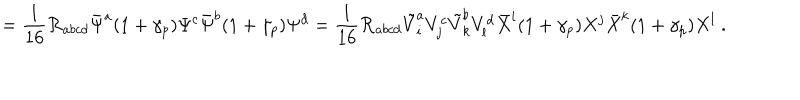
LaTeX: = \frac 1 { 1 6 } { \cal R } _ { a b c d } \bar { \Psi } ^ { a } ( 1 + \gamma _ { p } ) \Psi ^ { c } \bar { \Psi } ^ { b } ( 1 + \gamma _ { p } ) \Psi ^ { d } = \frac 1 { 1 6 } { \cal R } _ { a b c d } \tilde { V } _ { i } ^ { a } V _ { j } ^ { c } \tilde { V } _ { k } ^ { b } V _ { l } ^ { d } \bar { X } ^ { i } ( 1 + \gamma _ { p } ) X ^ { j } \bar { X } ^ { k } ( 1 + \gamma _ { p } ) X ^ { l } ~ .